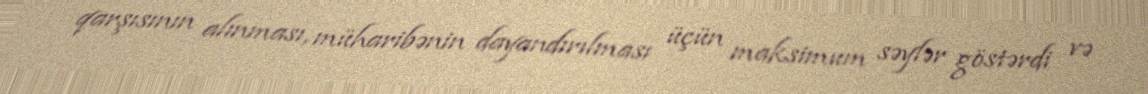
qarşısının alınması, müharibənin dayandırılması üçün maksimum səylər göstərdi və